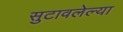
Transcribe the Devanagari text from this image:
सुटावलेल्या